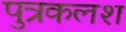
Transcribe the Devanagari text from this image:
पुत्रकलश